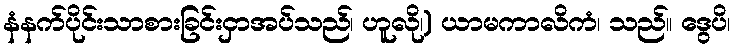
နံနက်ပိုင်းသာစားခြင်းငှာအပ်သည်၊ ဟူလို၊) ယာမကာလိကံ၊ သည်။ ဒွေပိ၊